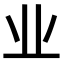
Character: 业